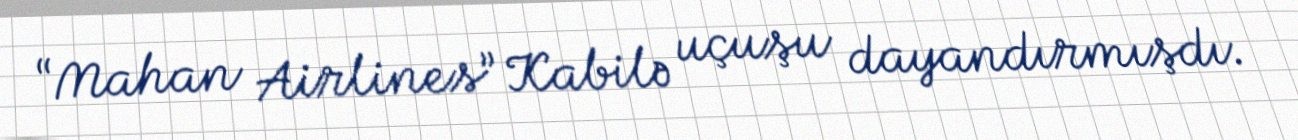
“Mahan Airlines” Kabilə uçuşu dayandırmışdı.